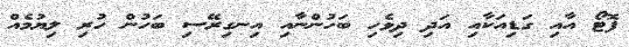
ފޮޓޯ އާއި ގަޑިއަކާއި އަދި ދިވެހި ބަހުންނާއި އިނގިރޭސި ބަހުން ހުރި ލިޔުމެއް